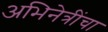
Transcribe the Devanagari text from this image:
अभिनेत्रींचा